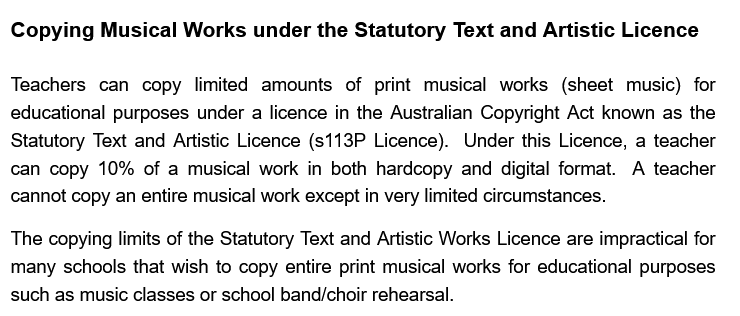
Copying Musical Works under the Statutory Text and Artistic
  Teachers can  copy limited amounts of print musical works (sheet music) for
  educational purposes under a licence in the Australian Copyright Act known as the
  Statutory Text and Artistic Licence (s113P Licence). Under this Licence, a teacher
  can copy 10%  of a musical work in both hardcopy and digital format. A teacher
  cannot copy an entire musical work except in very limited circumstances.
  The copying limits of the Statutory Text and Artistic Works Licence are impractical for
  many schools that wish to copy entire print musical works for educational purposes
  such as music classes or school band/choir rehearsal.